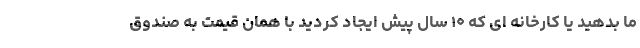
ما بدهید یا کارخانه ای که ۱۰ سال پیش ایجاد کردید با همان قیمت به صندوق